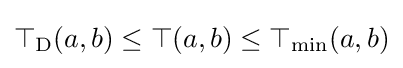
\top _{\mathrm {D} }(a,b)\leq \top (a,b)\leq \mathrm {\top _{min}} (a,b)